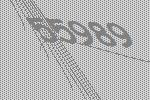
55989